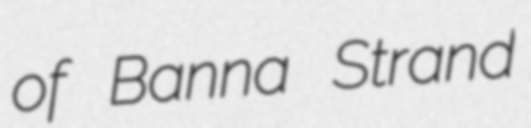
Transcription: of Banna Strand